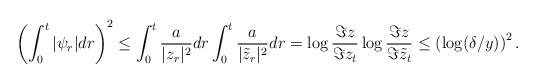
LaTeX: \begin{align*} \left(\int_{0}^{t} |\psi_{r}| dr \right)^{2} \le \int_{0}^{t}\frac{a}{|z_{r}|^{2}}dr \int_{0}^{t}\frac{a}{|\tilde z_{r}|^{2}} dr = \log \frac{\Im z}{ \Im z_{t}} \log \frac{\Im z}{ \Im \tilde z_{t}} \le \left( \log (\delta/y) \right)^{2}. \end{align*}